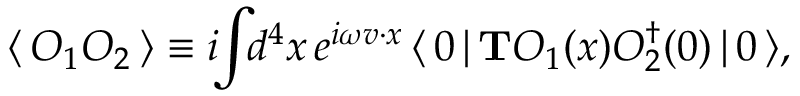
\langle \, { \cal O } _ { 1 } { \cal O } _ { 2 } \, \rangle \equiv i \! \! \int \! \! d ^ { 4 } x \, e ^ { i \omega v \cdot x } \, \langle \, 0 \, | \, { \bf T } { \cal O } _ { 1 } ( x ) { \cal O } _ { 2 } ^ { \dagger } ( 0 ) \, | \, 0 \, \rangle ,